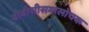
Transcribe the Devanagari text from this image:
बीबीसीसमालोचक